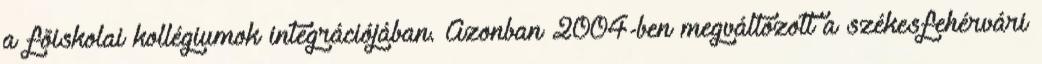
a fõiskolai kollégiumok integrációjában. Azonban 2004-ben megváltozott a székesfehérvári